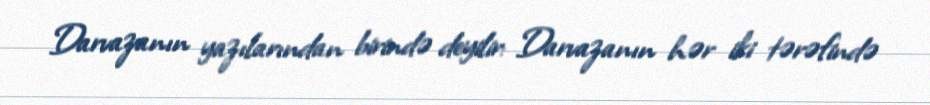
Darvazanın yazılarından birində deyilir: Darvazanın hər iki tərəfində